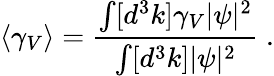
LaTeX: \langle\gamma_{V}\rangle=\frac{\int[d^{3}k]\gamma_{V}|\psi|^{2}}{\int[d^{3}k]|\psi|^{2}}\; .